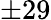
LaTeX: \pm 29